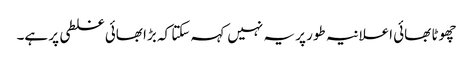
چھوٹا بھائی اعلانیہ طور پر یہ نہیں کہہ سکتا کہ بڑا بھائی غلطی پر ہے۔